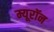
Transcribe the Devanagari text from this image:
म्यूरॉन